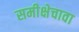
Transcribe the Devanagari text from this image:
समीक्षेचावा